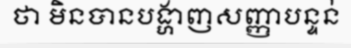
ថា មិនបានបង្ហាញសញ្ញាបន្ទន់